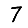
Digit: 7